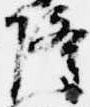
隆